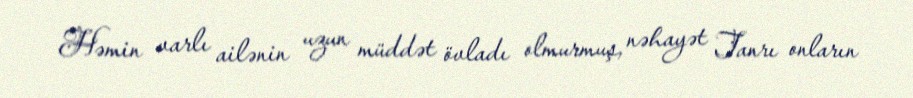
Həmin varlı ailənin uzun müddət övladı olmurmuş, nəhayət Tanrı onların